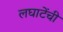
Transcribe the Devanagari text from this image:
लघाटेंची